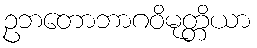
ဥဘတောဘာဂဝိမုတ္တိယာ